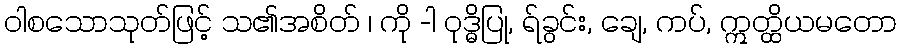
ဝါစသောသုတ်ဖြင့် သ၏အစိတ် ၊ ကို -ါ ဝုဒ္ဓိပြု, ရ်ခွင်း, ချေ, ကပ်, ဣတ္ထိယမတော